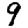
Digit: 9